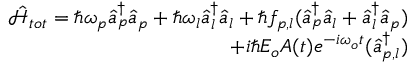
\begin{array} { r } { \hat { \mathcal { H } } _ { t o t } = \hbar \omega _ { p } \hat { a } _ { p } ^ { \dagger } \hat { a } _ { p } + \hbar \omega _ { l } \hat { a } _ { l } ^ { \dagger } \hat { a } _ { l } + \hbar f _ { p , l } ( \hat { a } _ { p } ^ { \dagger } \hat { a } _ { l } + \hat { a } _ { l } ^ { \dagger } \hat { a } _ { p } ) } \\ { + i \hbar E _ { o } A ( t ) e ^ { - i \omega _ { o } t } ( \hat { a } _ { p , l } ^ { \dagger } ) } \end{array}